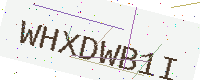
Text: WHXDWB1I